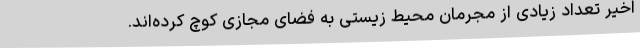
اخیر تعداد زیادی از مجرمان محیط زیستی به فضای مجازی کوچ کرده‌اند.